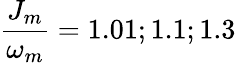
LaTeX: \frac{J_{m}}{\omega_{m}}=1.01;1.1;1.3